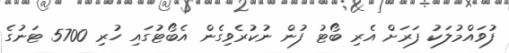
ފުވައްމުލަކު ފަރަށް އެރި ބޯޓު ފުން ނުކުރެވިގެން އެބޯޓުގައި ހުރި 5700 ޓަނުގެ